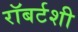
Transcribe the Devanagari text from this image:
रॉबर्टशी